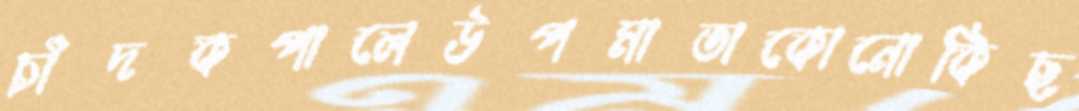
চাঁদকপালেউপমাতাকোনোকিছ